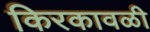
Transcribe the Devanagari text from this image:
किरकावळी